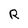
Character: R